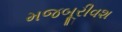
મજબૂરીવશ